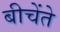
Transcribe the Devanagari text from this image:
बीचेंते